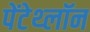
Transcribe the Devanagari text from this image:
पेंटेथ्लॉन